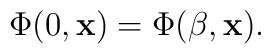
\Phi(0,{\bf x})=\Phi(\beta,{\bf x}).